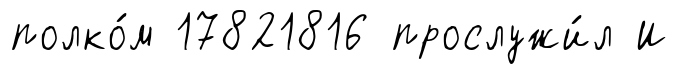
полко́м 17821816 прослужи́л И